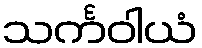
သင်္ကဝါယံ